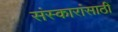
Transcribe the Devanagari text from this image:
संस्कारांसाठीं